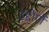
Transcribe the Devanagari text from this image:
उद्दोगों